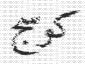
كوسج